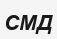
СМД